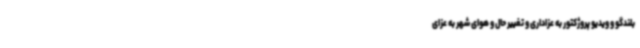
بلندگو و ویدیو پروژکتور به عزاداری و تغییر حال و هوای شهر به عزای